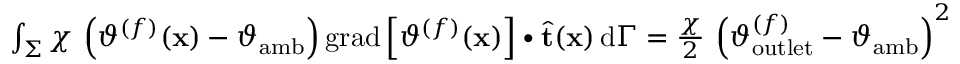
\begin{array} { r } { \int _ { \Sigma } \chi \, \left( \vartheta ^ { ( f ) } ( \mathbf { x } ) - \vartheta _ { \mathrm { a m b } } \right) \mathrm { g r a d } \left[ \vartheta ^ { ( f ) } ( \mathbf { x } ) \right] \bullet \widehat { \mathbf { t } } ( \mathbf { x } ) \, \mathrm { d } \Gamma = \frac { \chi } { 2 } \, \left( \vartheta _ { \mathrm { o u t l e t } } ^ { ( f ) } - \vartheta _ { \mathrm { a m b } } \right) ^ { 2 } } \end{array}